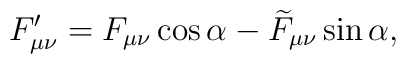
F'_{\mu \nu }=F_{\mu \nu }\cos\alpha-\widetilde{F}_{\mu \nu}\sin\alpha ,